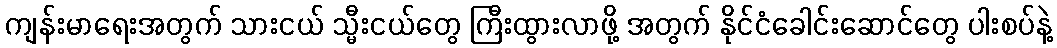
ကျန်းမာရေးအတွက် သားငယ် သ္မီးငယ်တွေ ကြီးထွားလာဖို့ အတွက် နိုင်ငံခေါင်းဆောင်တွေ ပါးစပ်နဲ့